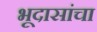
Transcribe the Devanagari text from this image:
भूदासांचा